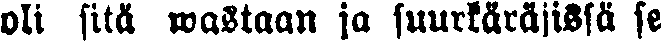
oli sitä wastaan ja suurkäräjissä se